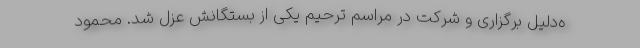
ه‌دلیل برگزاری و شرکت در مراسم ترحیم یکی از بستگانش عزل شد. محمود